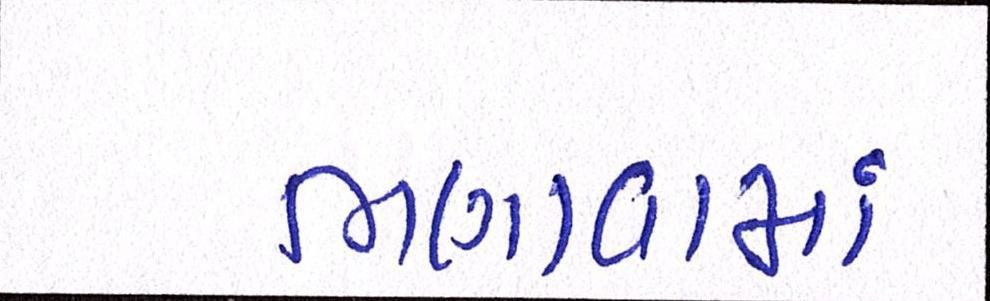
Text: ભણાવામાં